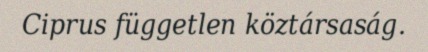
Ciprus független köztársaság.